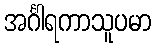
အင်္ဂါရကာသူပမာ